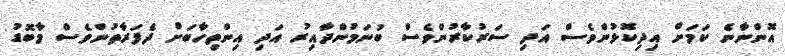
އޮންނާނެ ކަމަށް އިދިކޮޅުންވެސް އަދި ސަރުކާރުންވެސް ބުނަމުންދާއިރު އަދި އިންތިހާބަށް ދެފަރާތުންވެސް މާބޮޑު